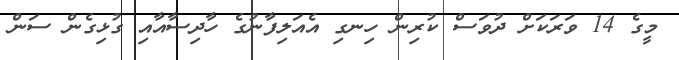
މީގެ 14 ވަރަކަށް ދުވަސް ކުރިން ހިނގި އެއަލިފާނުގެ ހާދިސާއާއި ގުޅިގެން ސަން